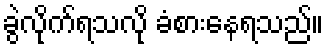
ခွဲလိုက်ရသလို ခံစားနေရသည်။